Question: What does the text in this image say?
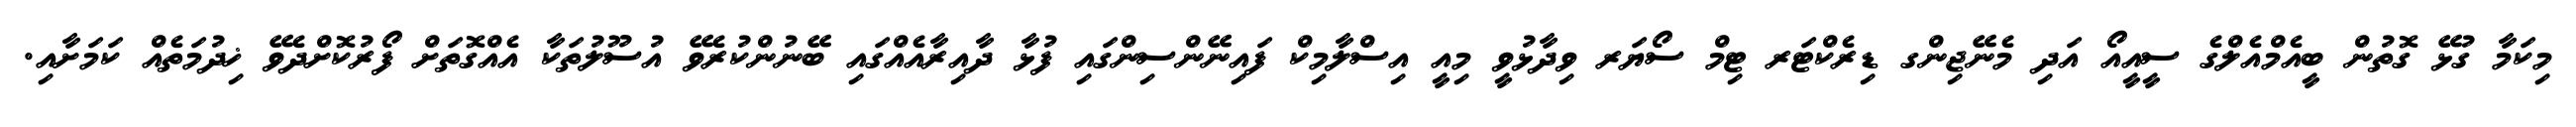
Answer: މިކަމާ ގުޅޭ ގޮތުން ބީއެމްއެލްގެ ސީއީއޯ އަދި މެނޭޖިންގ ޑިރެކްޓަރ ޓިމް ސޯޔަރ ވިދާޅުވީ މިއީ އިސްލާމިކް ފައިނޭންސިންގައި ފުޅާ ދާއިރާއެއްގައި ބޭނުންކުރެވޭ އުސޫލުތަކާ އެއްގޮތަށް ފޯރުކޮށްދެވޭ ޚިދުމަތެއް ކަމަށާއި.